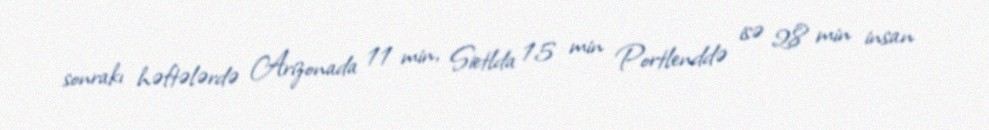
sonrakı həftələrdə Arizonada 11 min, Sietlda 15 min Portlenddə isə 28 min insan